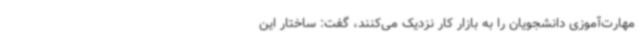
مهارت‌آموزی دانشجویان را به بازار کار نزدیک می‌کنند، گفت: ساختار این